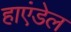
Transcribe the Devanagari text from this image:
हाएंडेल